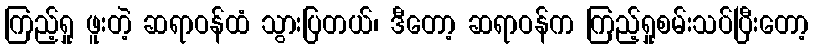
ကြည့်ရှု ဖူးတဲ့ ဆရာဝန်ထံ သွားပြတယ်၊ ဒီတော့ ဆရာဝန်က ကြည့်ရှုစမ်းသပ်ပြီးတော့